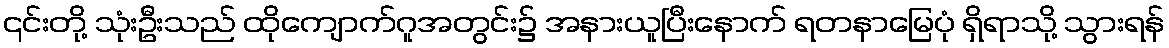
၎င်းတို့ သုံးဦးသည် ထိုကျောက်ဂူအတွင်း၌ အနားယူပြီးနောက် ရတနာမြေပုံ ရှိရာသို့ သွားရန်